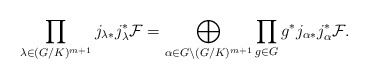
\begin{align*} \prod_{\lambda\in (G/K)^{m+1}}j_{\lambda*}j_\lambda^*\mathcal{F} =\bigoplus_{\alpha\in G\backslash(G/K)^{m+1}}\prod_{g\in G}g^*j_{\alpha*}j_\alpha^*\mathcal{F}. \end{align*}